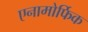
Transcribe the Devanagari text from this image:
एनामोर्फिक